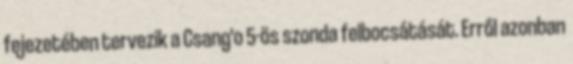
fejezetében tervezik a Csang'o 5-ös szonda felbocsátását. Erről azonban